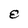
Character: 8